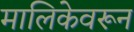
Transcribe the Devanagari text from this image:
मालिकेवरून